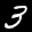
Label: 3